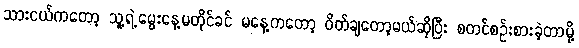
သားငယ်ကတော့ သူ့ရဲ့မွေးနေ့မတိုင်ခင် မနေ့ကတော့ ဝိတ်ချတော့မယ်ဆိုပြီး စတင်စဉ်းစားခဲ့တာမို့